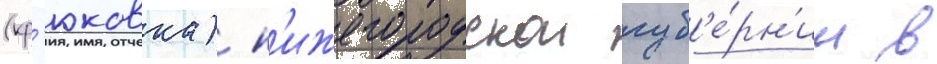
(кр'юковка) н'ижегородскои губ'е́рн'ии в